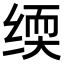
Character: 𬘰